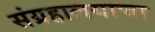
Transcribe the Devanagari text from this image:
संग्रहालयाचा